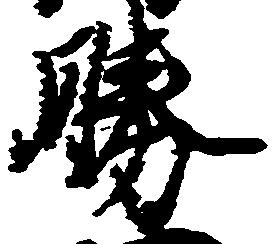
勝